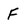
Character: F